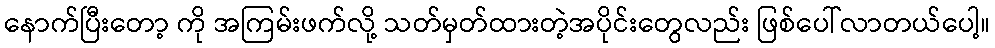
နောက်ပြီးတော့ ကို အကြမ်းဖက်လို့ သတ်မှတ်ထားတဲ့အပိုင်းတွေလည်း ဖြစ်ပေါ်လာတယ်ပေါ့။